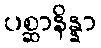
ပစ္ဆာနိန္နာ